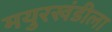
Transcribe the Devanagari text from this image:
मयुरखंडीला